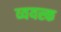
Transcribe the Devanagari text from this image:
व्ययस्क